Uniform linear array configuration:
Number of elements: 4
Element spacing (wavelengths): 1
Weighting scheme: cosine
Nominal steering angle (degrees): -15
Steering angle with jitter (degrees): -14.285
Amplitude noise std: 0.05
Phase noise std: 0.05

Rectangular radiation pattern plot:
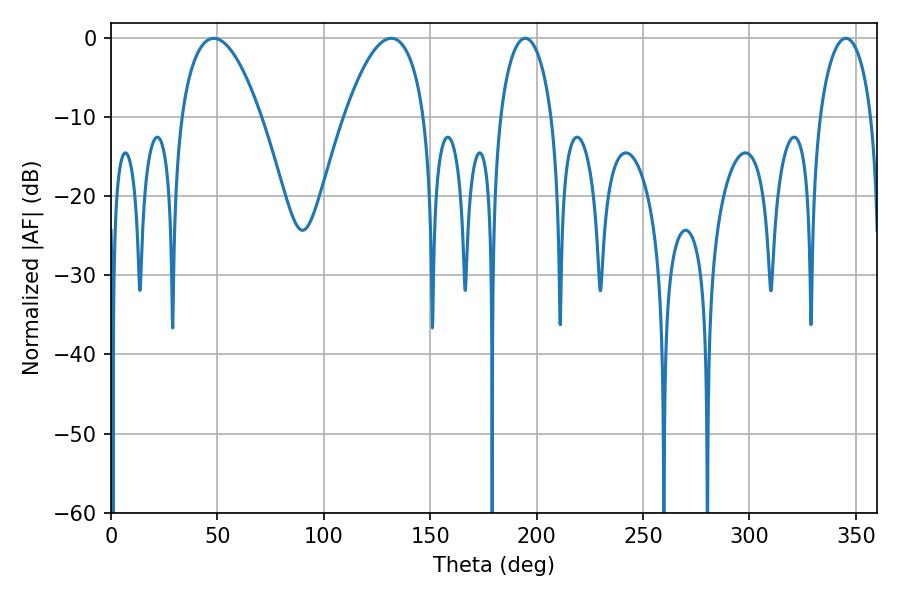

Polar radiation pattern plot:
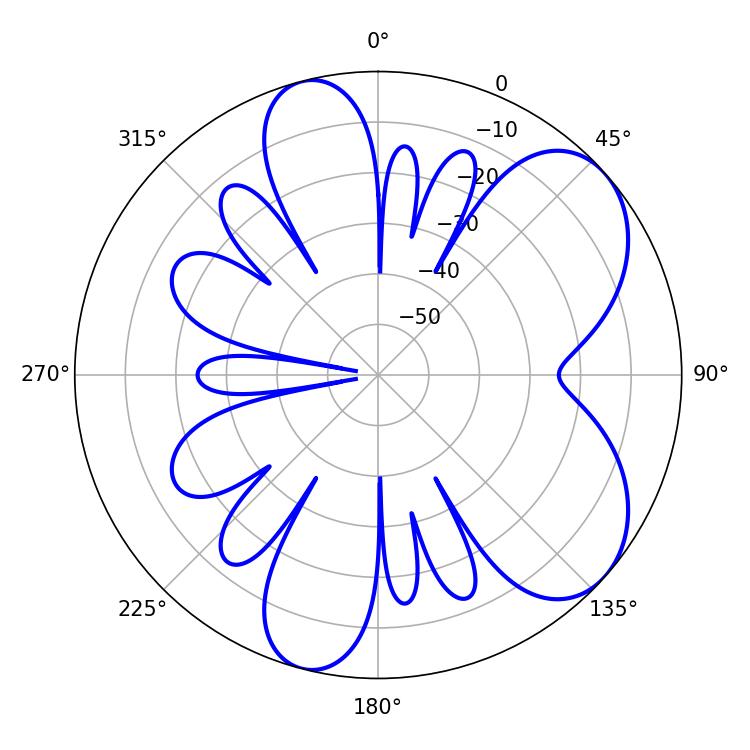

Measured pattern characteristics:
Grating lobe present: TRUE
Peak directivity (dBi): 6.559
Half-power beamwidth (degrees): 20.88
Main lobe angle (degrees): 48.24